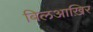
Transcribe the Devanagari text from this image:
बिलआख़िर